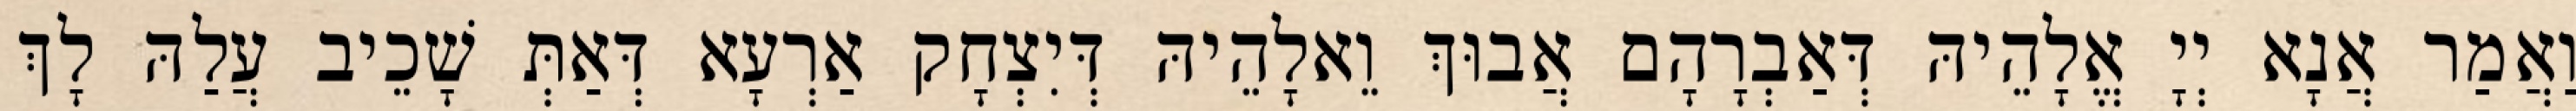
וַאֲמַר אֲנָא יְיָ אֱלָהֵיהּ דְּאַבְרָהָם אֲבוּךְ וֵאלָהֵיהּ דְּיִצְחָק אַרְעָא דְּאַתְּ שָׁכֵיב עֲלַהּ לָךְ